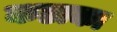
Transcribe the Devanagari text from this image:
कडाका